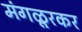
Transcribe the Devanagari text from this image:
मंगळूरकर